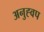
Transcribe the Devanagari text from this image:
अनुह्वप